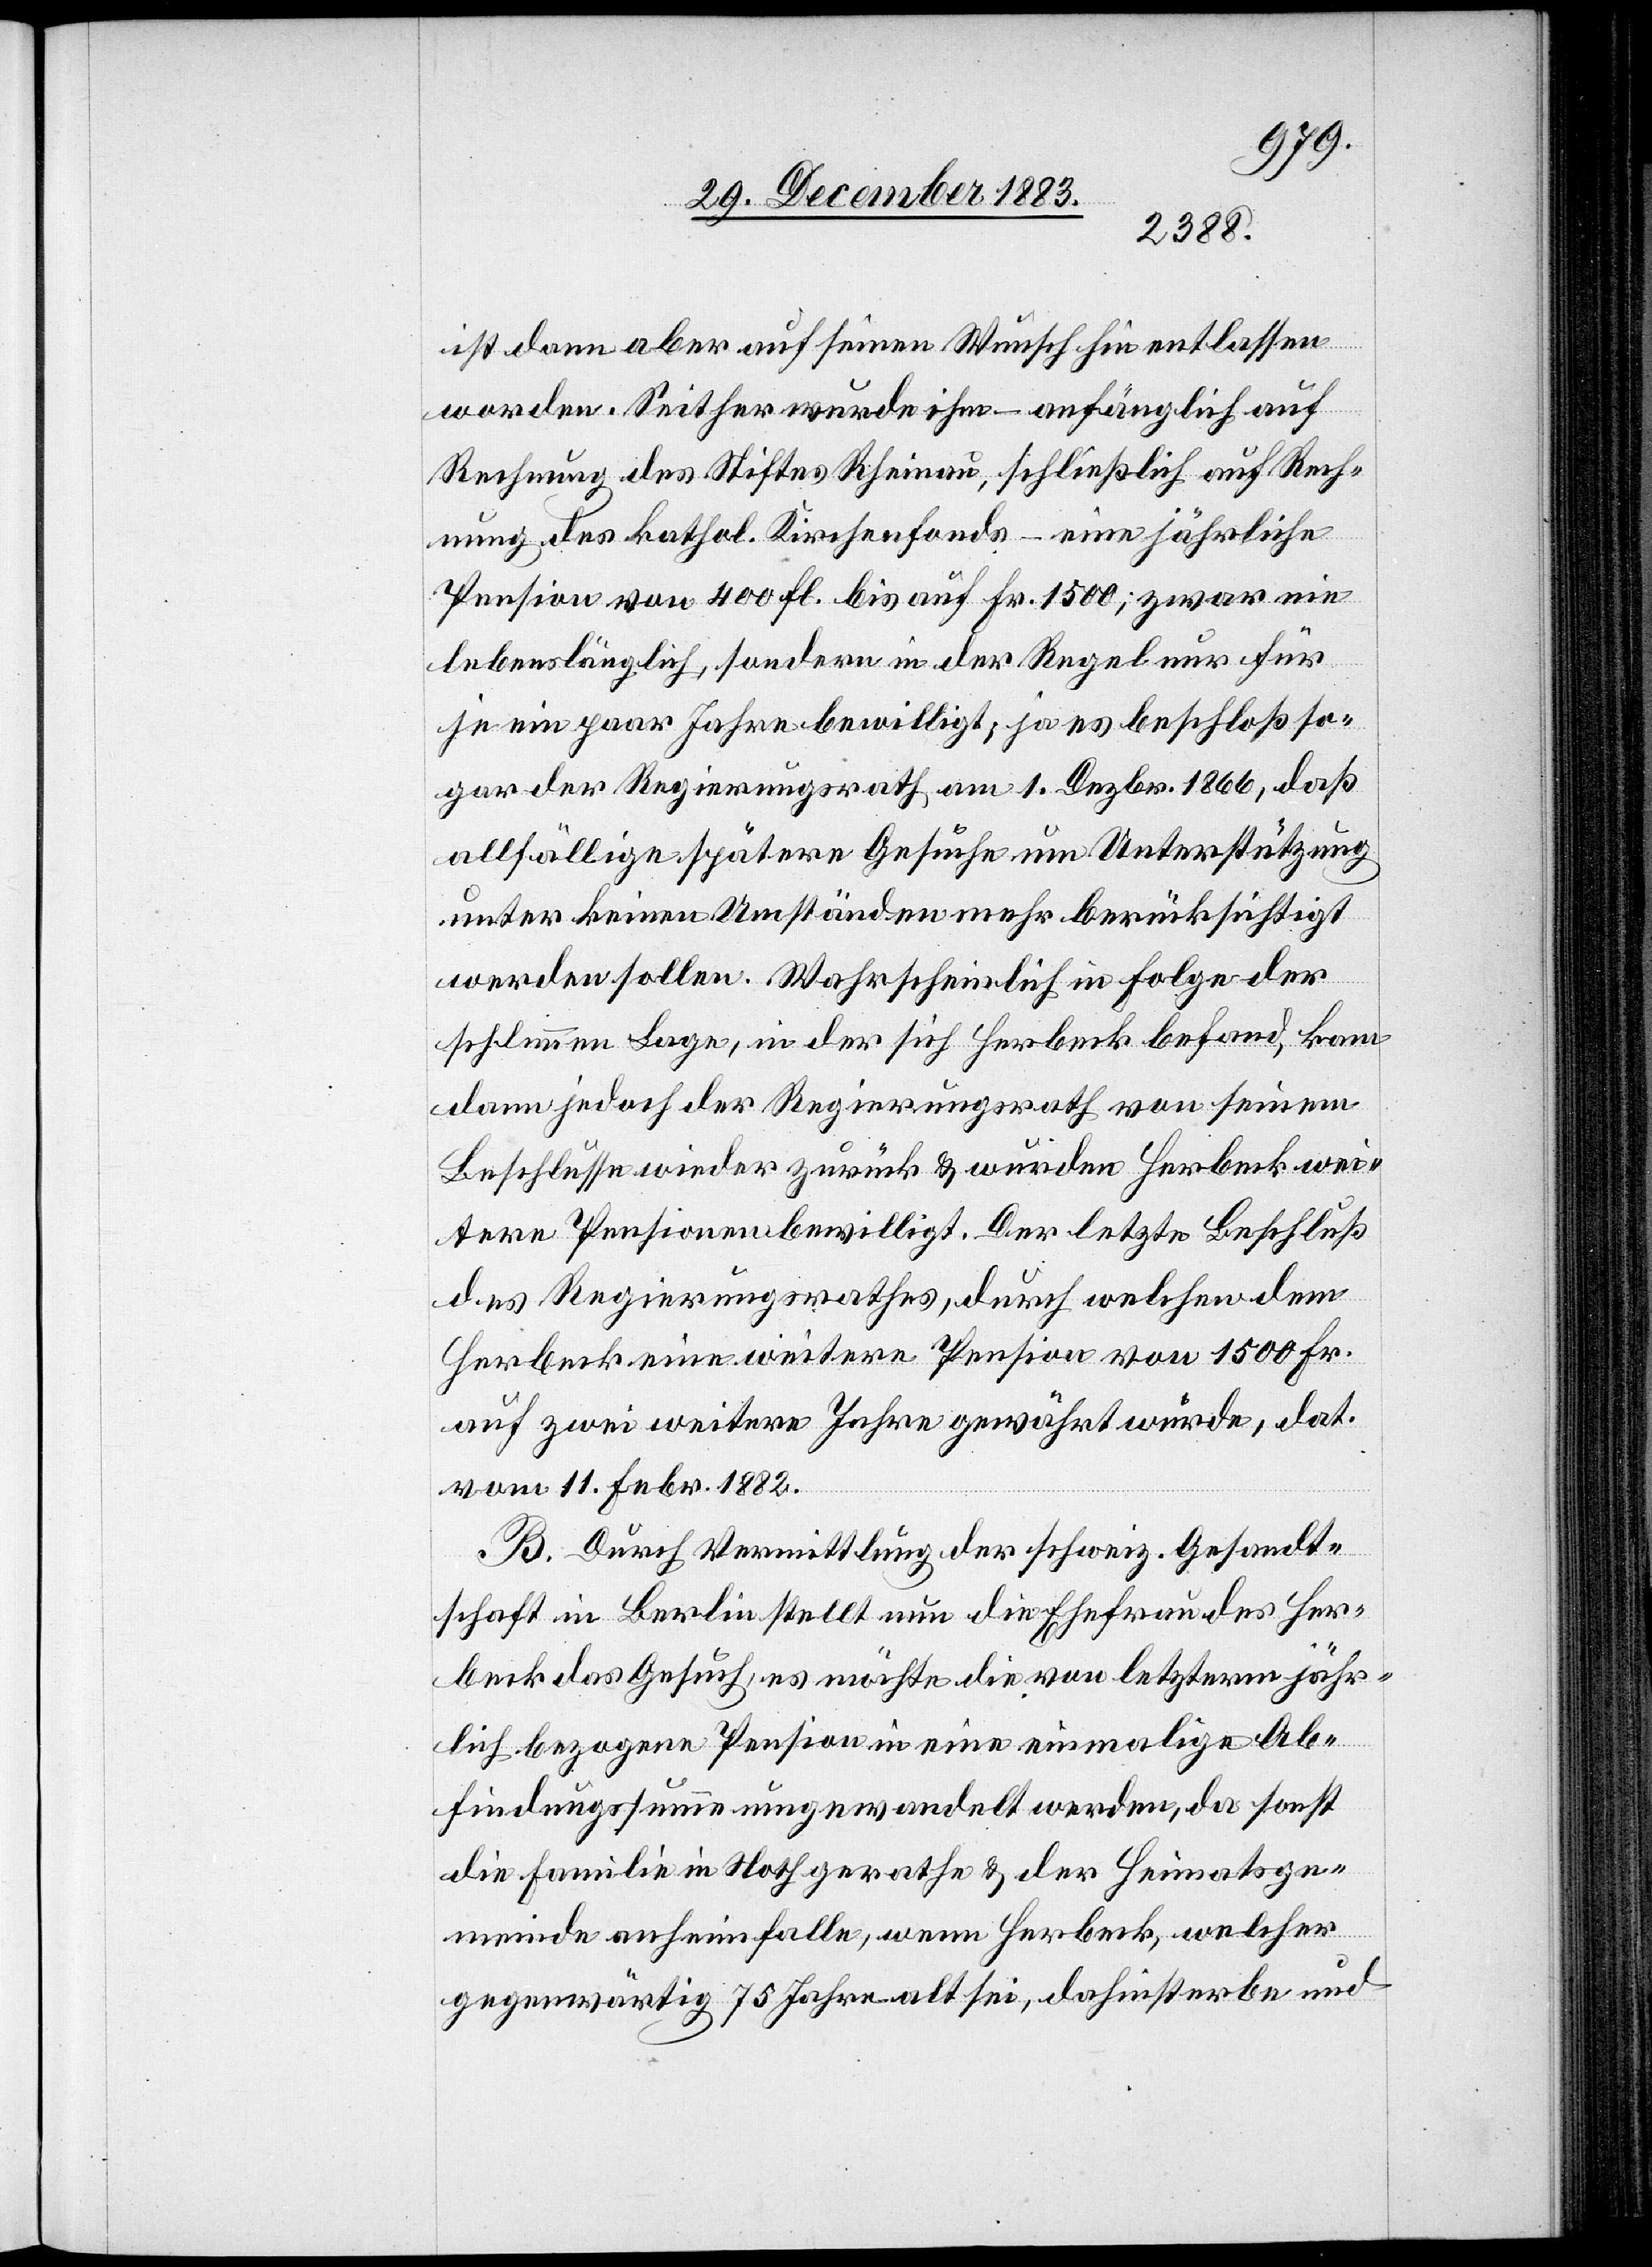
ist dann aber auf seinen Wunsch hin entlassen
worden. Seither wurde ihm – anfänglich auf
Rechnung des Stiftes Rheinau, schließlich auf Rech¬
nung des kathol. Kirchenfonds – eine jährliche
Pension von 400 fl. bis auf Fr. 1500; zwar nie
lebenslänglich, sondern in der Regel nur für
je ein paar Jahre bewilligt; ja es beschloß so¬
gar der Regierungsrath am 1. Dezbr. 1866, daß
allfällige spätere Gesuche um Unterstützung
unter keinen Umständen mehr berücksichtigt
werden sollen. Wahrscheinlich in Folge der
schlimmen Lage, in der sich Herbeck befand, kam
dann jedoch der Regierungsrath von seinem
Beschlusse wieder zurück & wurden Herbeck wei¬
tere Pensionen bewilligt. Der letzte Beschluß
des Regierungsrathes, durch welchen dem
Herbeck eine weitere Pension von 1500 Fr.
auf zwei weitere Jahre gewährt wurde, dat.
vom 11. Febr. 1882.
B. Durch Vermittlung der schweiz. Gesandt¬
schaft in Berlin stellt nun die Ehefrau des Her¬
beck das Gesuch, es möchte die von letzterm jähr¬
lich bezogene Pension in eine einmalige Ab¬
findungssumme umgewandelt werden, da sonst
die Familie in Noth gerathe & der Heimatsge¬
meinde anheimfalle, wenn Herbeck, welcher
gegenwärtig 75 Jahre alt sei, dahinsterbe und